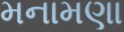
મનામણા